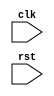
module behavior_modeling_block (
    input clk,
    input rst
);

always @ (posedge clk or negedge rst) begin
    // Describe behavior or functionality here
end

endmodule